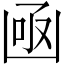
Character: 凾